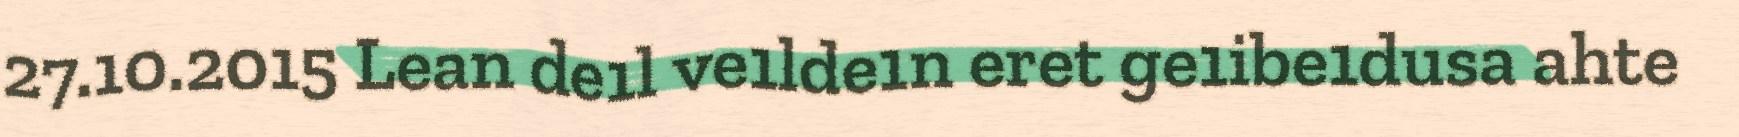
27.10.2015 Lean de1l ve1lde1n eret ge1ibe1dusa ahte